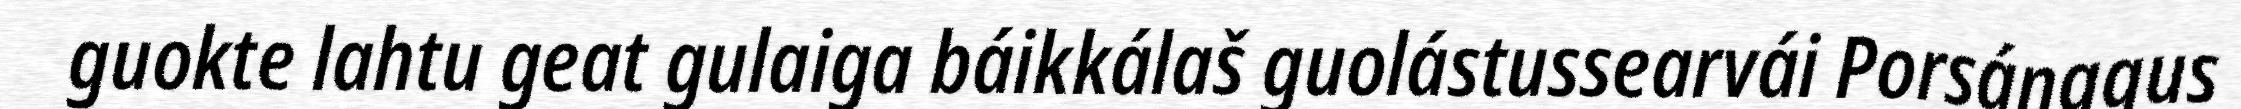
guokte lahtu geat gulaiga báikkálaš guolástussearvái Porsáŋggus